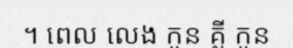
។ ពេល លេង កូន គ្លី កូន